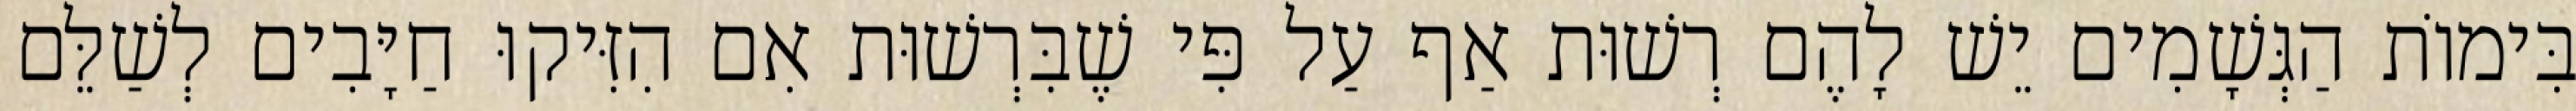
בִּימוֹת הַגְּשָׁמִים יֵשׁ לָהֶם רְשׁוּת אַף עַל פִּי שֶׁבִּרְשׁוּת אִם הִזִּיקוּ חַיָּבִים לְשַׁלֵּם